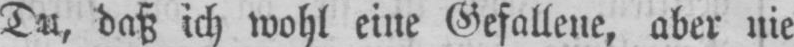
Du, daß ich wohl eine Gefallene, aber nie